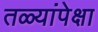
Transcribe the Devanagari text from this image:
तळ्यांपेक्षा